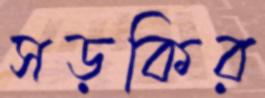
সড়কির